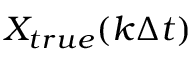
X _ { t r u e } ( k \Delta t )